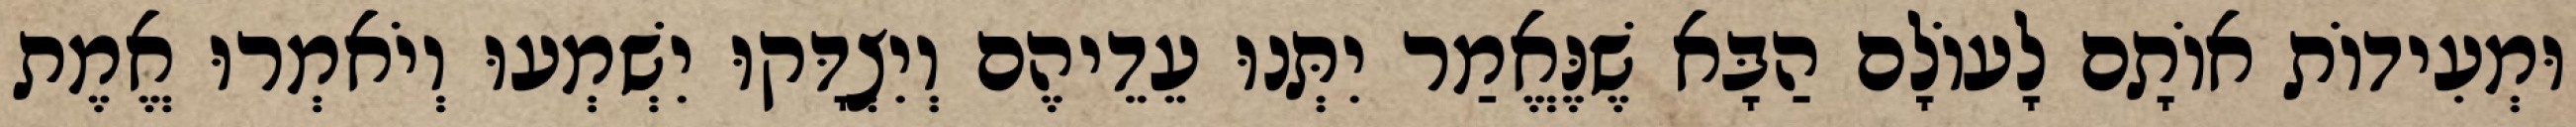
וּמְעִידוֹת אוֹתָם לָעוֹלָם הַבָּא שֶׁנֶּאֱמַר יִתְּנוּ עֵדֵיהֶם וְיִצְדָּקוּ יִשְׁמְעוּ וְיֹאמְרוּ אֱמֶת